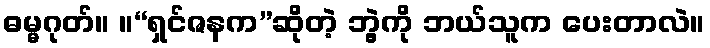
ဓမ္မဂုတ်။ ။“ရှင်ဇနက”ဆိုတဲ့ ဘွဲ့ကို ဘယ်သူက ပေးတာလဲ။